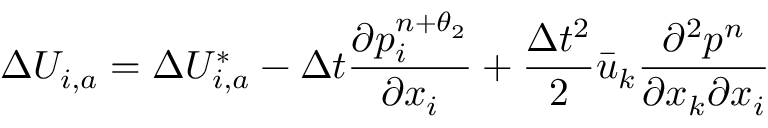
\Delta { { U } _ { i , a } } = \Delta U _ { i , a } ^ { * } - \Delta t \frac { \partial p _ { i } ^ { n + { { \theta } _ { 2 } } } } { \partial { { x } _ { i } } } + \frac { \Delta { { t } ^ { 2 } } } { 2 } { { \bar { u } } _ { k } } \frac { { { \partial } ^ { 2 } } { { p } ^ { n } } } { \partial { { x } _ { k } } \partial { { x } _ { i } } }